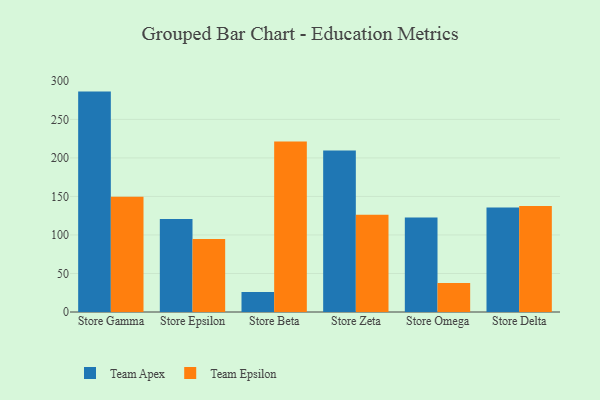
{"axis": {"x": "Store", "y": "Bounce Rate (%)"}, "legend": ["Team Apex", "Team Epsilon"], "data": [{"x": "Store Gamma", "y": 286.1, "type": "Team Apex"}, {"x": "Store Gamma", "y": 149.5, "type": "Team Epsilon"}, {"x": "Store Epsilon", "y": 120.6, "type": "Team Apex"}, {"x": "Store Epsilon", "y": 94.8, "type": "Team Epsilon"}, {"x": "Store Beta", "y": 25.9, "type": "Team Apex"}, {"x": "Store Beta", "y": 221.2, "type": "Team Epsilon"}, {"x": "Store Zeta", "y": 209.5, "type": "Team Apex"}, {"x": "Store Zeta", "y": 126.3, "type": "Team Epsilon"}, {"x": "Store Omega", "y": 122.6, "type": "Team Apex"}, {"x": "Store Omega", "y": 37.7, "type": "Team Epsilon"}, {"x": "Store Delta", "y": 135.6, "type": "Team Apex"}, {"x": "Store Delta", "y": 137.5, "type": "Team Epsilon"}]}